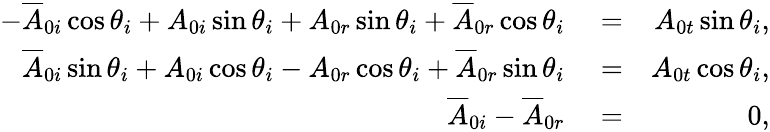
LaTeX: \begin{array}{rlr}{-\overline{{A}}_{0i}\cos\theta_{i}+A_{0i}\sin\theta_{i}+A_{0r}\sin\theta_{i}+\overline{{A}}_{0r}\cos\theta_{i}}&{{}=}&{A_{0t}\sin\theta_{i},}\\ {\overline{{A}}_{0i}\sin\theta_{i}+A_{0i}\cos\theta_{i}-A_{0r}\cos\theta_{i}+\overline{{A}}_{0r}\sin\theta_{i}}&{{}=}&{A_{0t}\cos\theta_{i},}\\ {\overline{{A}}_{0i}-\overline{{A}}_{0r}}&{{}=}&{0,}\end{array}